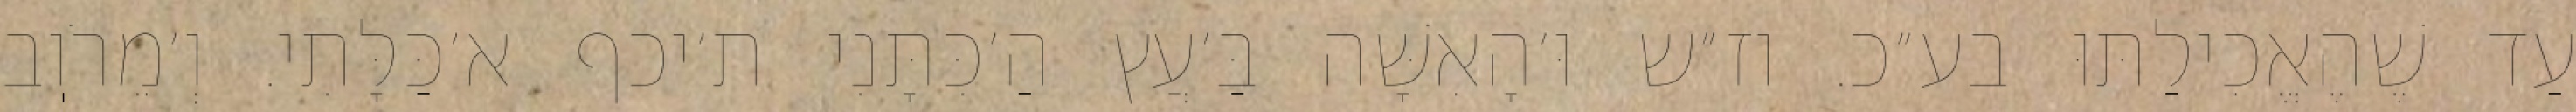
עַד שֶׁהֶאֱכִילַתּוּ בע״כ. וז״ש וּ׳הָאִשָּׁה בַּ׳עֲץ הַ׳כִּתָּנִי ת׳יכף א׳כַּלָּתִי. וְ׳מֵרֹוֽב